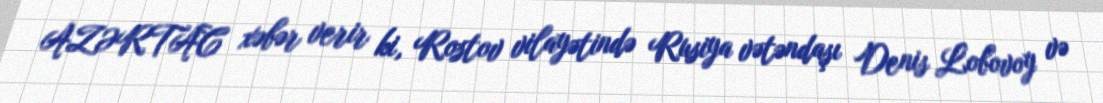
AZƏRTAC xəbər verir ki, Rostov vilayətində Rusiya vətəndaşı Denis Lobovoy və